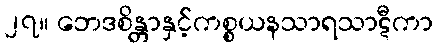
၂၇။ ဘေဒစိန္တာနှင့်ကစ္စယနသာရသာဋီကာ